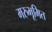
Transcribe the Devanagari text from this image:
मरुभूमित